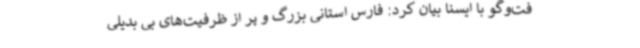
فت‌وگو با ایسنا بیان کرد: فارس استانی بزرگ و پر از ظرفیت‌های بی بدیلی